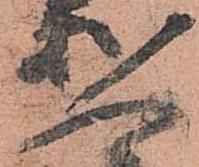
人